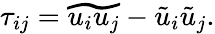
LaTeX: \begin{array}{r}{\tau_{ij}=\widetilde{u_{i}u_{j}}-\tilde{u}_{i}\tilde{u}_{j}.}\end{array}